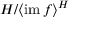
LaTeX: H / { \left\langle \operatorname { i m } f \right\rangle } ^ { H }